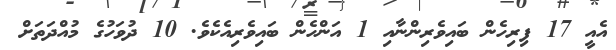
އެއީ 17 ފިރިހެން ބައިވެރިންނާއި 1 އަންހެން ބައިވެރިއެކެވެ. 10 ދުވަހުގެ މުއްދަތަށް